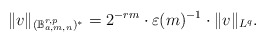
\begin{align*}\|v\|_{(\mathbb{B}_{a,m,n}^{r,p})^*}=2^{-rm}\cdot \varepsilon(m)^{-1}\cdot \|v\|_{L^{q}}.\end{align*}